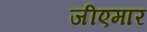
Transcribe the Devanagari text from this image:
जीएमार